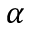
\alpha